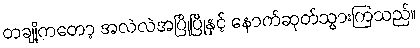
တချို့ကတော့ အလဲလဲအပြိုပြိုနှင့် နောက်ဆုတ်သွားကြသည်။